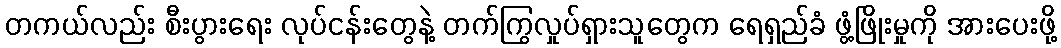
တကယ်လည်း စီးပွားရေး လုပ်ငန်းတွေနဲ့ တက်ကြွလှုပ်ရှားသူတွေက ရေရှည်ခံ ဖွံ့ဖြိုးမှုကို အားပေးဖို့